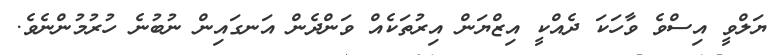
ޔަލްވީ އިސްވެ ވާހަކަ ދެއްކީ އިޒްޔަން އިރުތަކެއް ވަންދެން އަނގައިން ނުބުނެ ހުރުމުންނެވެ.